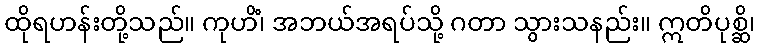
ထိုရဟန်းတို့သည်။ ကုဟိံ၊ အဘယ်အရပ်သို့ ဂတာ သွားသနည်း။ ဣတိပုစ္ဆိ၊